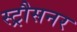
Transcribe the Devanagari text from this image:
स्ट्रौसनर